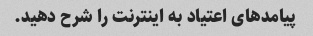
پیامدهای اعتیاد به اینترنت را شرح دهید.